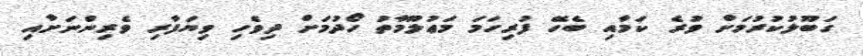
ގަބޫލުކުރުމަށް ވުރެ ކަމާއި ބެހޭ ފުރިހަމަ މަޢުލޫމާތު ހޯދުމަށް ދިވެހި ވިޔަފާރި ވެރިންނަށާއި